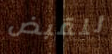
للقبض